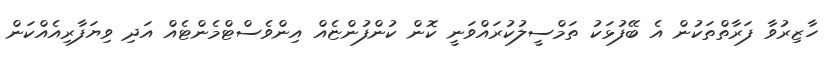
ހާޒިރުވާ ފަރާތްތަކުން އެ ބޭފުޅަކު ތަމްސީލުކުރައްވަނީ ކޮން ކުންފުންޏެއް އިންވެސްޓްމެންޓެއް އަދި ވިޔަފާރިއެއްކަން